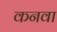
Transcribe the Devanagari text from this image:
कनवा